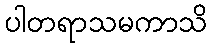
ပါတရာသမကာသိ